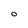
Character: O